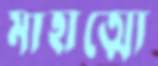
মাহাত্ম্যে